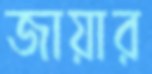
জায়ার